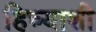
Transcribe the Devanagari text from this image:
हिच्‍याशी